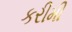
કરીમી